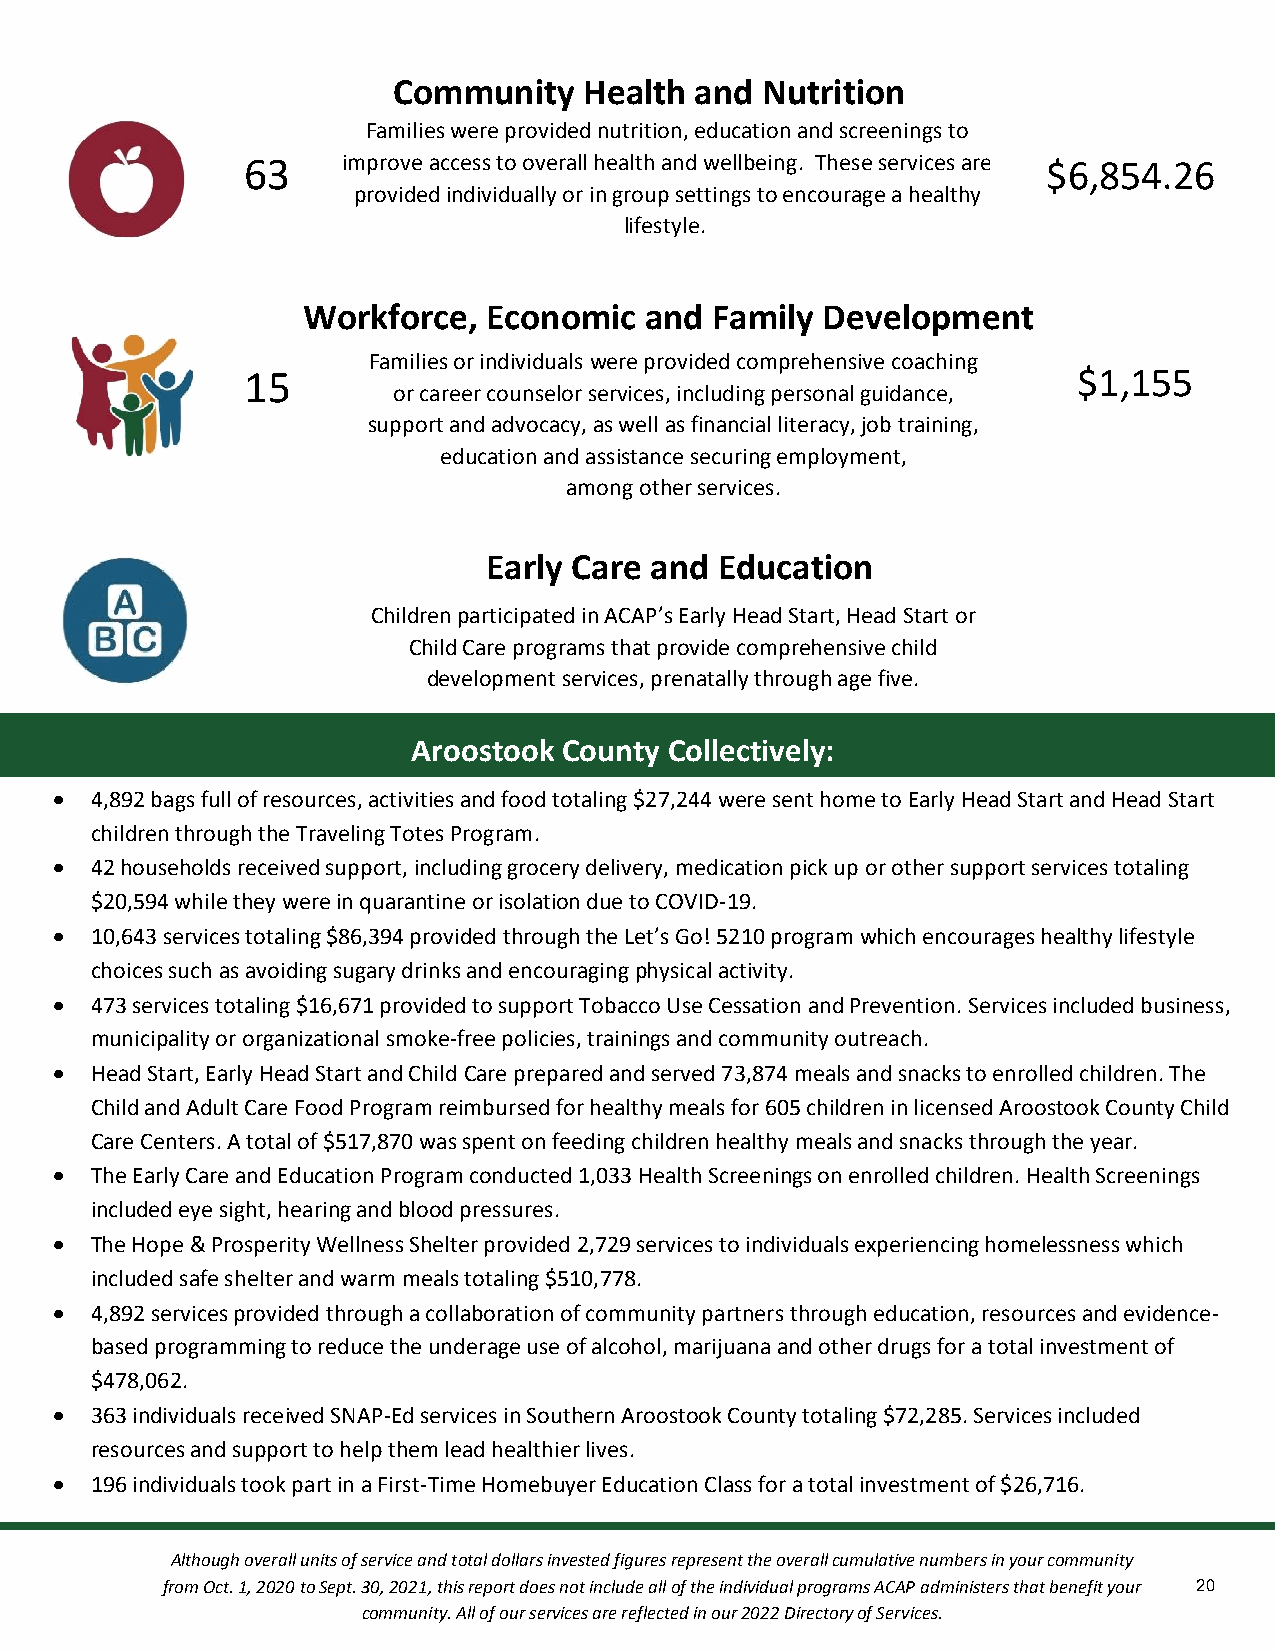
Community    Health and Nutrition
 Families were provided nutrition, education and screenings to
 63     imp rove access to overall healt&h a nd wellbeing. These services are $6,854.26
 provided individually or in group settings to encourage a healthy
 lifestyle.
 cation
 Workforce,  Economic   and Family Development
 Families or individuals were provided comprehensive coaching
 15                                                     $1,155
 or career counselor services, including personal guidacnacet,i on
 support and advocacy, as well as financial literacy, job training,
 education and assistance securing employment,
 among other services.
 Early Care and  Education
 Children participated in ACAP’s Early Head Start, Head Start or
 Child Care programs that provide comprehensive child
 development services, prenatally through age five.
 Aroostook County Collectively:
  4,892 bags full of resources, activities and food totaling $27,244 were sent home to Early Head Start and Head Start
 children through the Traveling Totes Program.
  42 households received support, including grocery delivery, medication pick up or other support services totaling
 $20,594 while they were in quarantine or isolation due to COVID-19.
  10,643 services totaling $86,394 provided through the Let’s Go! 5210 program which encourages healthy lifestyle
 choices such as avoiding sugary drinks and encouraging physical activity.
  473 services totaling $16,671 provided to support Tobacco Use Cessation and Prevention. Services included business,
 municipality or organizational smoke-free policies, trainings and community outreach.
  Head Start, Early Head Start and Child Care prepared and served 73,874 meals and snacks to enrolled children. The
 Child and Adult Care Food Program reimbursed for healthy meals for 605 children in licensed Aroostook County Child
 Care Centers. A total of $517,870 was spent on feeding children healthy meals and snacks through the year.
  The Early Care and Education Program conducted 1,033 Health Screenings on enrolled children. Health Screenings
 included eye sight, hearing and blood pressures.
  The Hope & Prosperity Wellness Shelter provided 2,729 services to individuals experiencing homelessness which
 included safe shelter and warm meals totaling $510,778.
  4,892 services provided through a collaboration of community partners through education, resources and evidence-
 based programming to reduce the underage use of alcohol, marijuana and other drugs for a total investment of
 $478,062.
  363 individuals received SNAP-Ed services in Southern Aroostook County totaling $72,285. Services included
 resources and support to help them lead healthier lives.
  196 individuals took part in a First-Time Homebuyer Education Class for a total investment of $26,716.
 Although overall units of service and total dollars invested figures represent the overall cumulative numbers in your community
 from Oct. 1, 2020 to Sept. 30, 2021, this report does not include all of the individual programs ACAP administers that benefit your 20
 community. All of our services are reflected in our 2022 Directory of Services.